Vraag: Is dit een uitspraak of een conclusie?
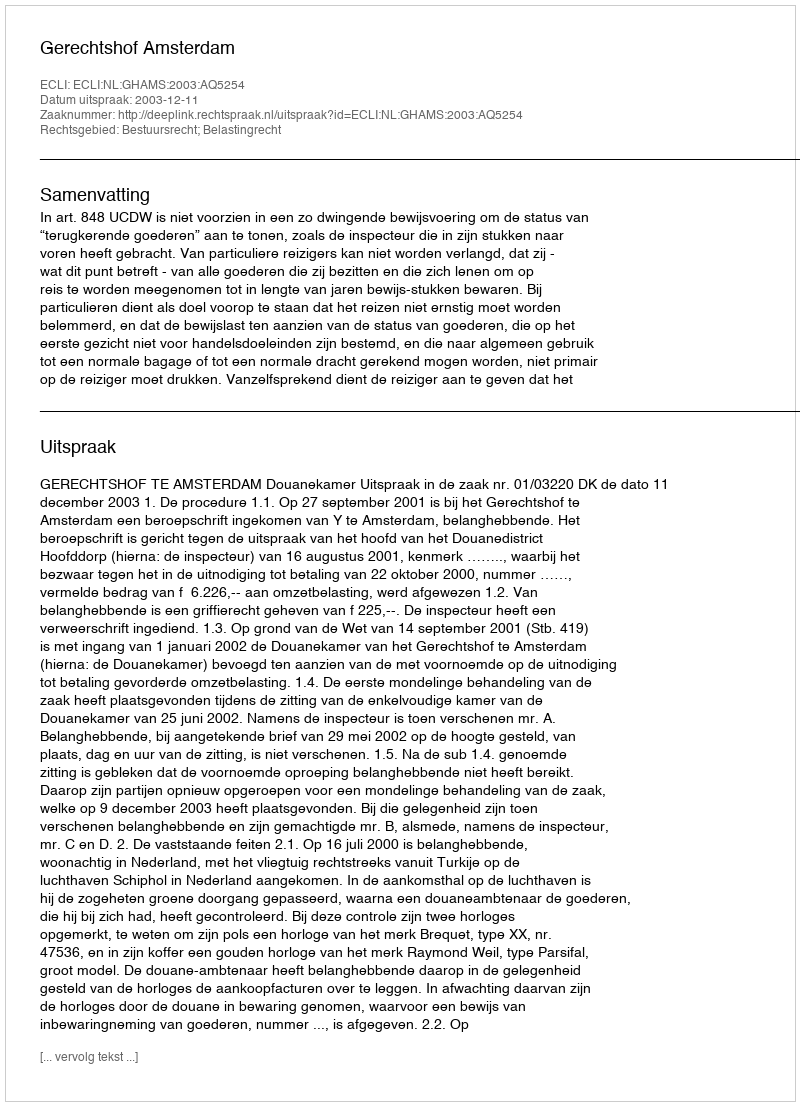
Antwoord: Uitspraak